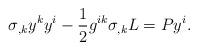
LaTeX: \begin{align*}\sigma _{,k}y^{k}y^{i}-\dfrac{1}{2}g^{ik}\sigma _{,k}L=Py^{i}. \end{align*}